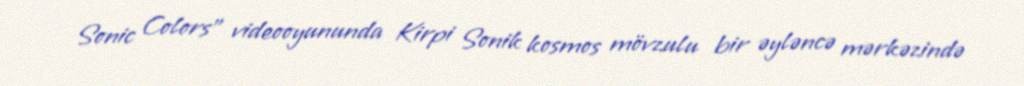
Sonic Colors" videooyununda Kirpi Sonik kosmos mövzulu bir əyləncə mərkəzində